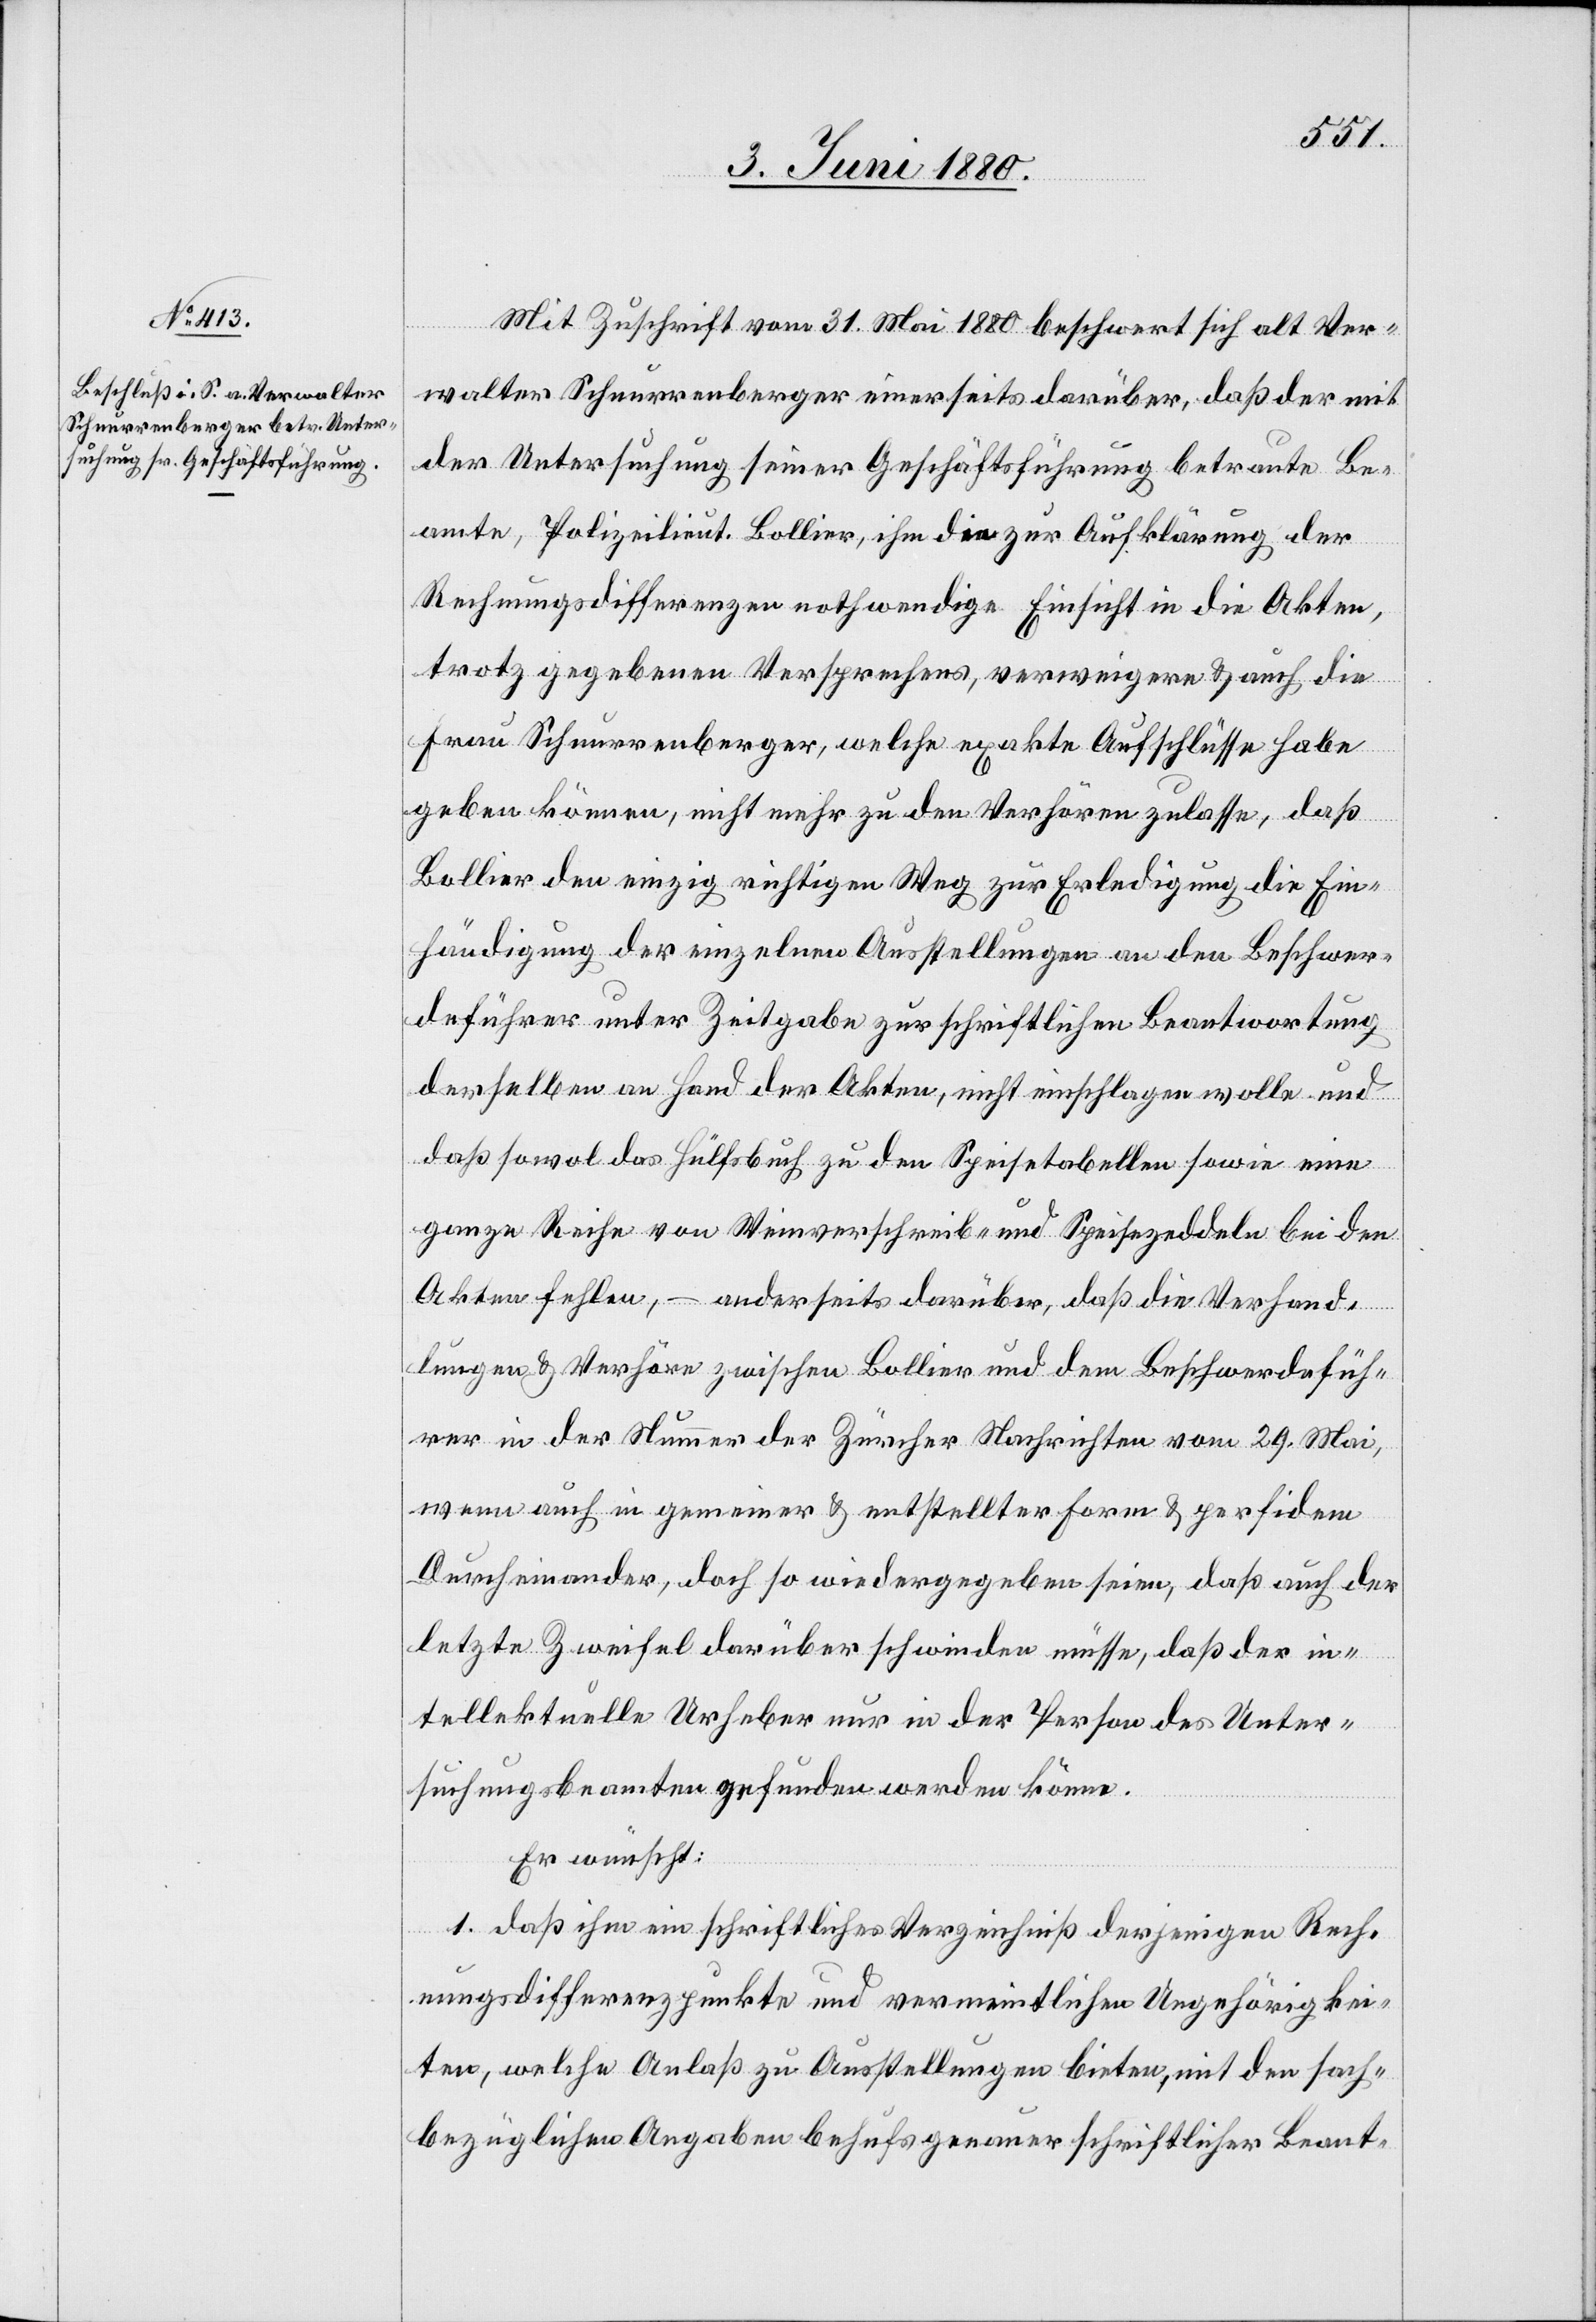
Mit Zuschrift vom 31. Mai 1880 beschwert sich alt Ver¬
walter Schnurrenberger einerseits darüber, daß der mit
der Untersuchung seiner Geschäftsführung betraute Be¬
amte, Polizeilieut. Bollier, ihm die zur Aufklärung der
Rechnungsdifferenz nothwendige Einsicht in die Akten,
trotz gegebenen Versprechens, verweigere & auch die
Frau Schnurrenberger, welche exakte Aufschlüsse habe
geben können, nicht mehr zu den Verhören zulasse, daß
Bollier den einzig richtigen Weg zur Erledigung, die Ein¬
händigung der einzelnen Ausstellungen an den Beschwer¬
deführer unter Zeitgabe zur schriftlichen Beantwortung
derselben an Hand der Akten, nicht einschlagen wolle und
daß sowol das Hülfsbuch zu den Speisetabellen sowie eine
ganze Reihe von Weinverschreib- und Speisezeddeln bei den
Akten fehlen, – anderseits darüber, daß die Verhand¬
lungen & Verhöre zwischen Bollier und dem Beschwerdefüh¬
rer in der Nummer der Zürcher Nachrichten vom 29. Mai,
wenn auch in gemeiner & entstellter Form & perfidem
Durcheinander, doch so wiedergegeben seien, daß auch der
letzte Zweifel darüber schwinden müsse, daß der in¬
tellektuelle Urheber nur in der Person des Unter¬
suchungsbeamten gefunden werden könne.
Er wünscht:
1. daß ihm ein schriftliches Verzeichniß derjenigen Rech¬
nungsdifferenzpunkte und vermeintlichen Ungehörigkei¬
ten, welche Anlaß zu Ausstellungen bieten, mit den sach¬
bezüglichen Angaben behufs genauer schriftlicher Beant-